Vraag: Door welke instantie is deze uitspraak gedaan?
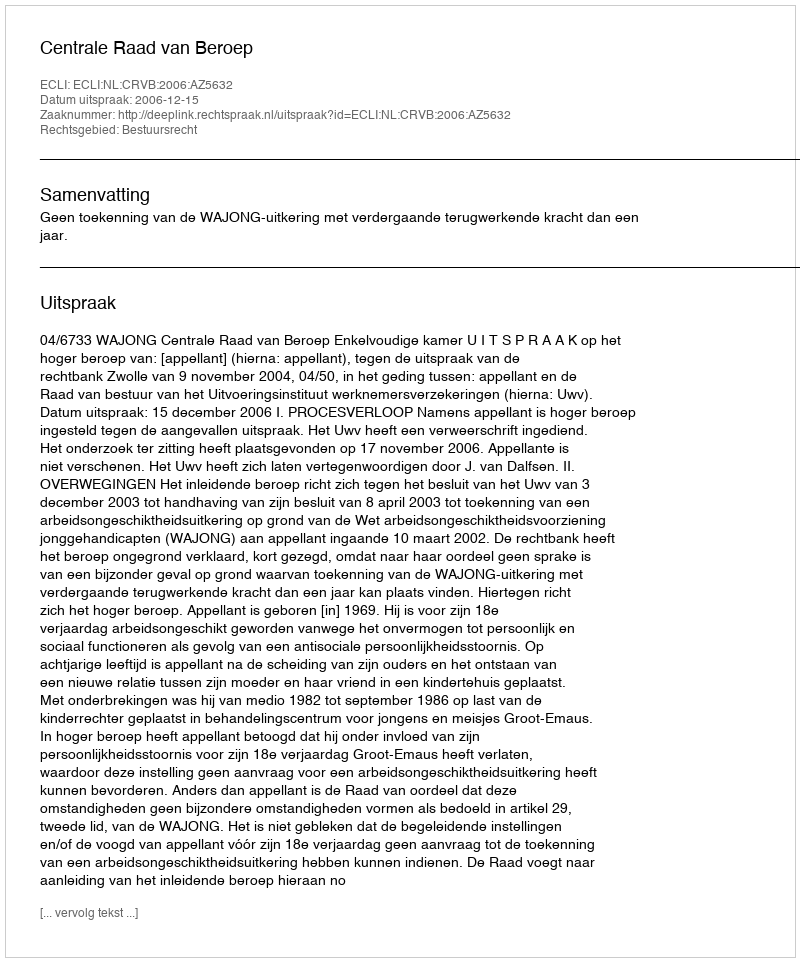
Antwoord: Centrale Raad van Beroep